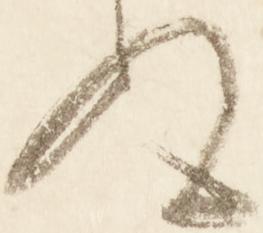
ぬ